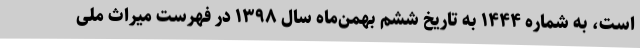
است، به شماره ۱۴۴۴ به تاریخ ششم بهمن‌ماه سال ۱۳۹۸ در فهرست میراث ملی